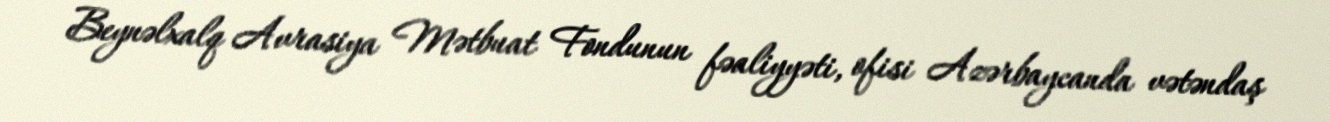
Beynəlxalq Avrasiya Mətbuat Fondunun fəaliyyəti, ofisi Azərbaycanda vətəndaş